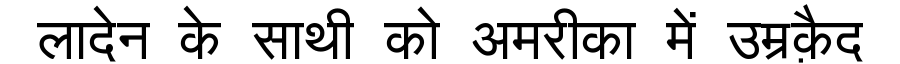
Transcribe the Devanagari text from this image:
लादेन के साथी को अमरीका में उम्रक़ैद